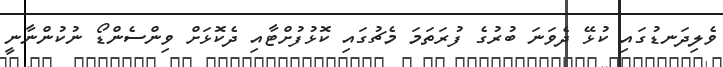
ވެލިދަނޑުގައި ކުޅޭ ދެވަނަ ބުރުގެ ފުރަތަމަ މެޗުގައި ކޮޅުފުށްޓާއި ދެކޮޅަށް ވިންސެންޑޯ ނުކުންނާނީ